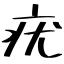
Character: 疣